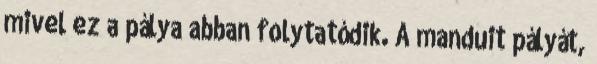
mivel ez a pálya abban folytatódik. A manduit pályát,